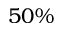
5 0 \%